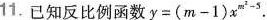
11.已知反比例函数$$y = ( m - 1 ) x ^{ m ^{ 2 } - 5 }$$